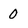
Character: 0